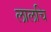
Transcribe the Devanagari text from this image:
लालचि